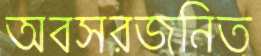
অবসরজনিত